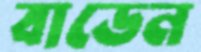
বাডেন